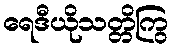
ရေဒီယိုသတ္တိကြွ